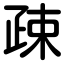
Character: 疎